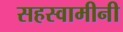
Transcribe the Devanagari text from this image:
सहस्वामीनी